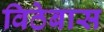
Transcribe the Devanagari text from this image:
विठेबास